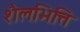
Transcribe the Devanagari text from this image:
शैलभित्ति